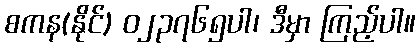
စကန(နိုင်) ၀၂၃၇၆၅ပါ၊ ဒီမှာ ကြည့်ပါ။